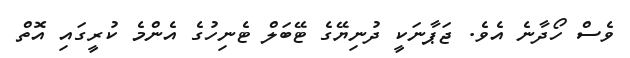
ވެސް ހޯދާނެ އެވެ. ޖަޕާނަކީ ދުނިޔޭގެ ޓޭބަލް ޓެނިހުގެ އެންމެ ކުރީގައި އޮތް